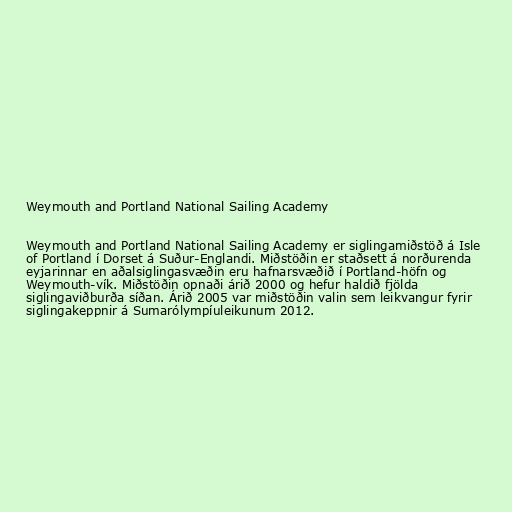
Weymouth and Portland National Sailing Academy

Weymouth and Portland National Sailing Academy er siglingamiðstöð á Isle
of Portland í Dorset á Suður-Englandi. Miðstöðin er staðsett á norðurenda
eyjarinnar en aðalsiglingasvæðin eru hafnarsvæðið í Portland-höfn og
Weymouth-vík. Miðstöðin opnaði árið 2000 og hefur haldið fjölda
siglingaviðburða síðan. Árið 2005 var miðstöðin valin sem leikvangur fyrir
siglingakeppnir á Sumarólympíuleikunum 2012.